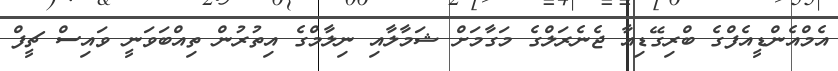
އެމްއެންޑީއެފްގެ ބްރިގޭޑިއާ ޖެނެރަލްގެ މަގާމަށް ޝަމާލާއި ނިލާމްގެ އިތުރުން ތިއްބަވަނީ ވައިސް ޗީފް